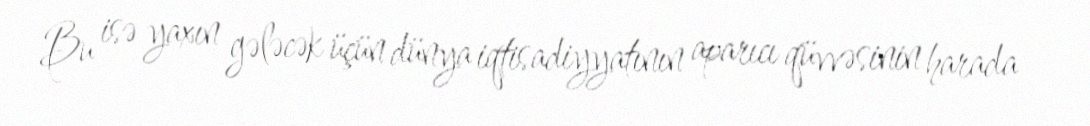
Bu isə yaxın gələcək üçün dünya iqtisadiyyatının aparıcı qüvvəsinin harada